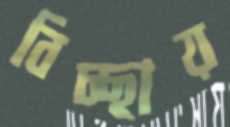
বিচ্ছায়